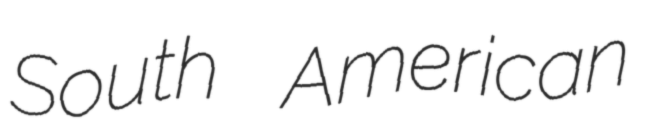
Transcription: South American